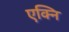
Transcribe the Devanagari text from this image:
एक्नि